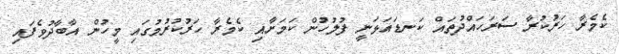
ކެމެރާ ހަރުކުރާ ސަރަހައްދުތައް ކަނޑައަޅަނީ ފުލުހުން ކަމަށާއި ކެމެރާ ހަރުކުރުމުގައި މީހުން އާބާދުވެފައި